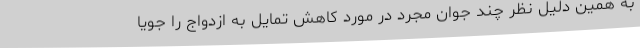
به همین دلیل نظر چند جوان مجرد در مورد کاهش تمایل به ازدواج را جویا